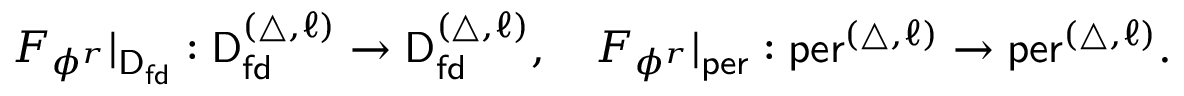
\begin{array} { r } { F _ { \phi ^ { r } } | _ { \mathsf { D } _ { \mathsf { f d } } } : \mathsf { D } _ { \mathsf { f d } } ^ { ( \triangle , \ell ) } \to \mathsf { D } _ { \mathsf { f d } } ^ { ( \triangle , \ell ) } , \quad F _ { \phi ^ { r } } | _ { \mathsf { p e r } } : \mathsf { p e r } ^ { ( \triangle , \ell ) } \to \mathsf { p e r } ^ { ( \triangle , \ell ) } . } \end{array}